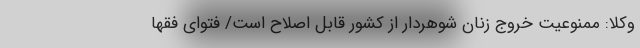
وکلا: ممنوعیت خروج زنان شوهردار از کشور قابل اصلاح است/ فتوای فقها